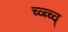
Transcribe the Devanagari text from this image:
च्व्ब्च्व्